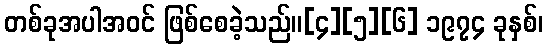
တစ်ခုအပါအဝင် ဖြစ်စေခဲ့သည်။[၄][၅][၆] ၁၉၇၄ ခုနှစ်၊